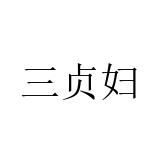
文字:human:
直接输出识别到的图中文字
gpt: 三贞妇